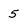
Character: 5